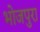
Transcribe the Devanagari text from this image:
भोजपुरा